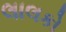
લાલકો